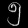
Digit: ၅